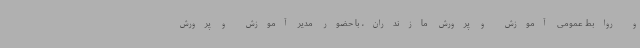
و روابط عمومی آموزش و پرورش مازندران، با حضور مدیر آموزش و پرورش